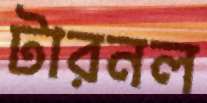
টারনল